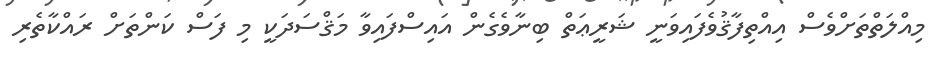
މިއްލަތްތަށްވެސް އިއްތިފާޤުވެފައިވަނީ ޝަރީޢަތް ބިނާވެގެން އައިސްފައިވާ މަޤްސަދަކީ މި ފަސް ކަންތަށް ރައްކާތެރި